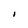
Character: I